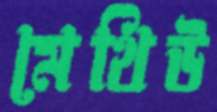
মেথিউ